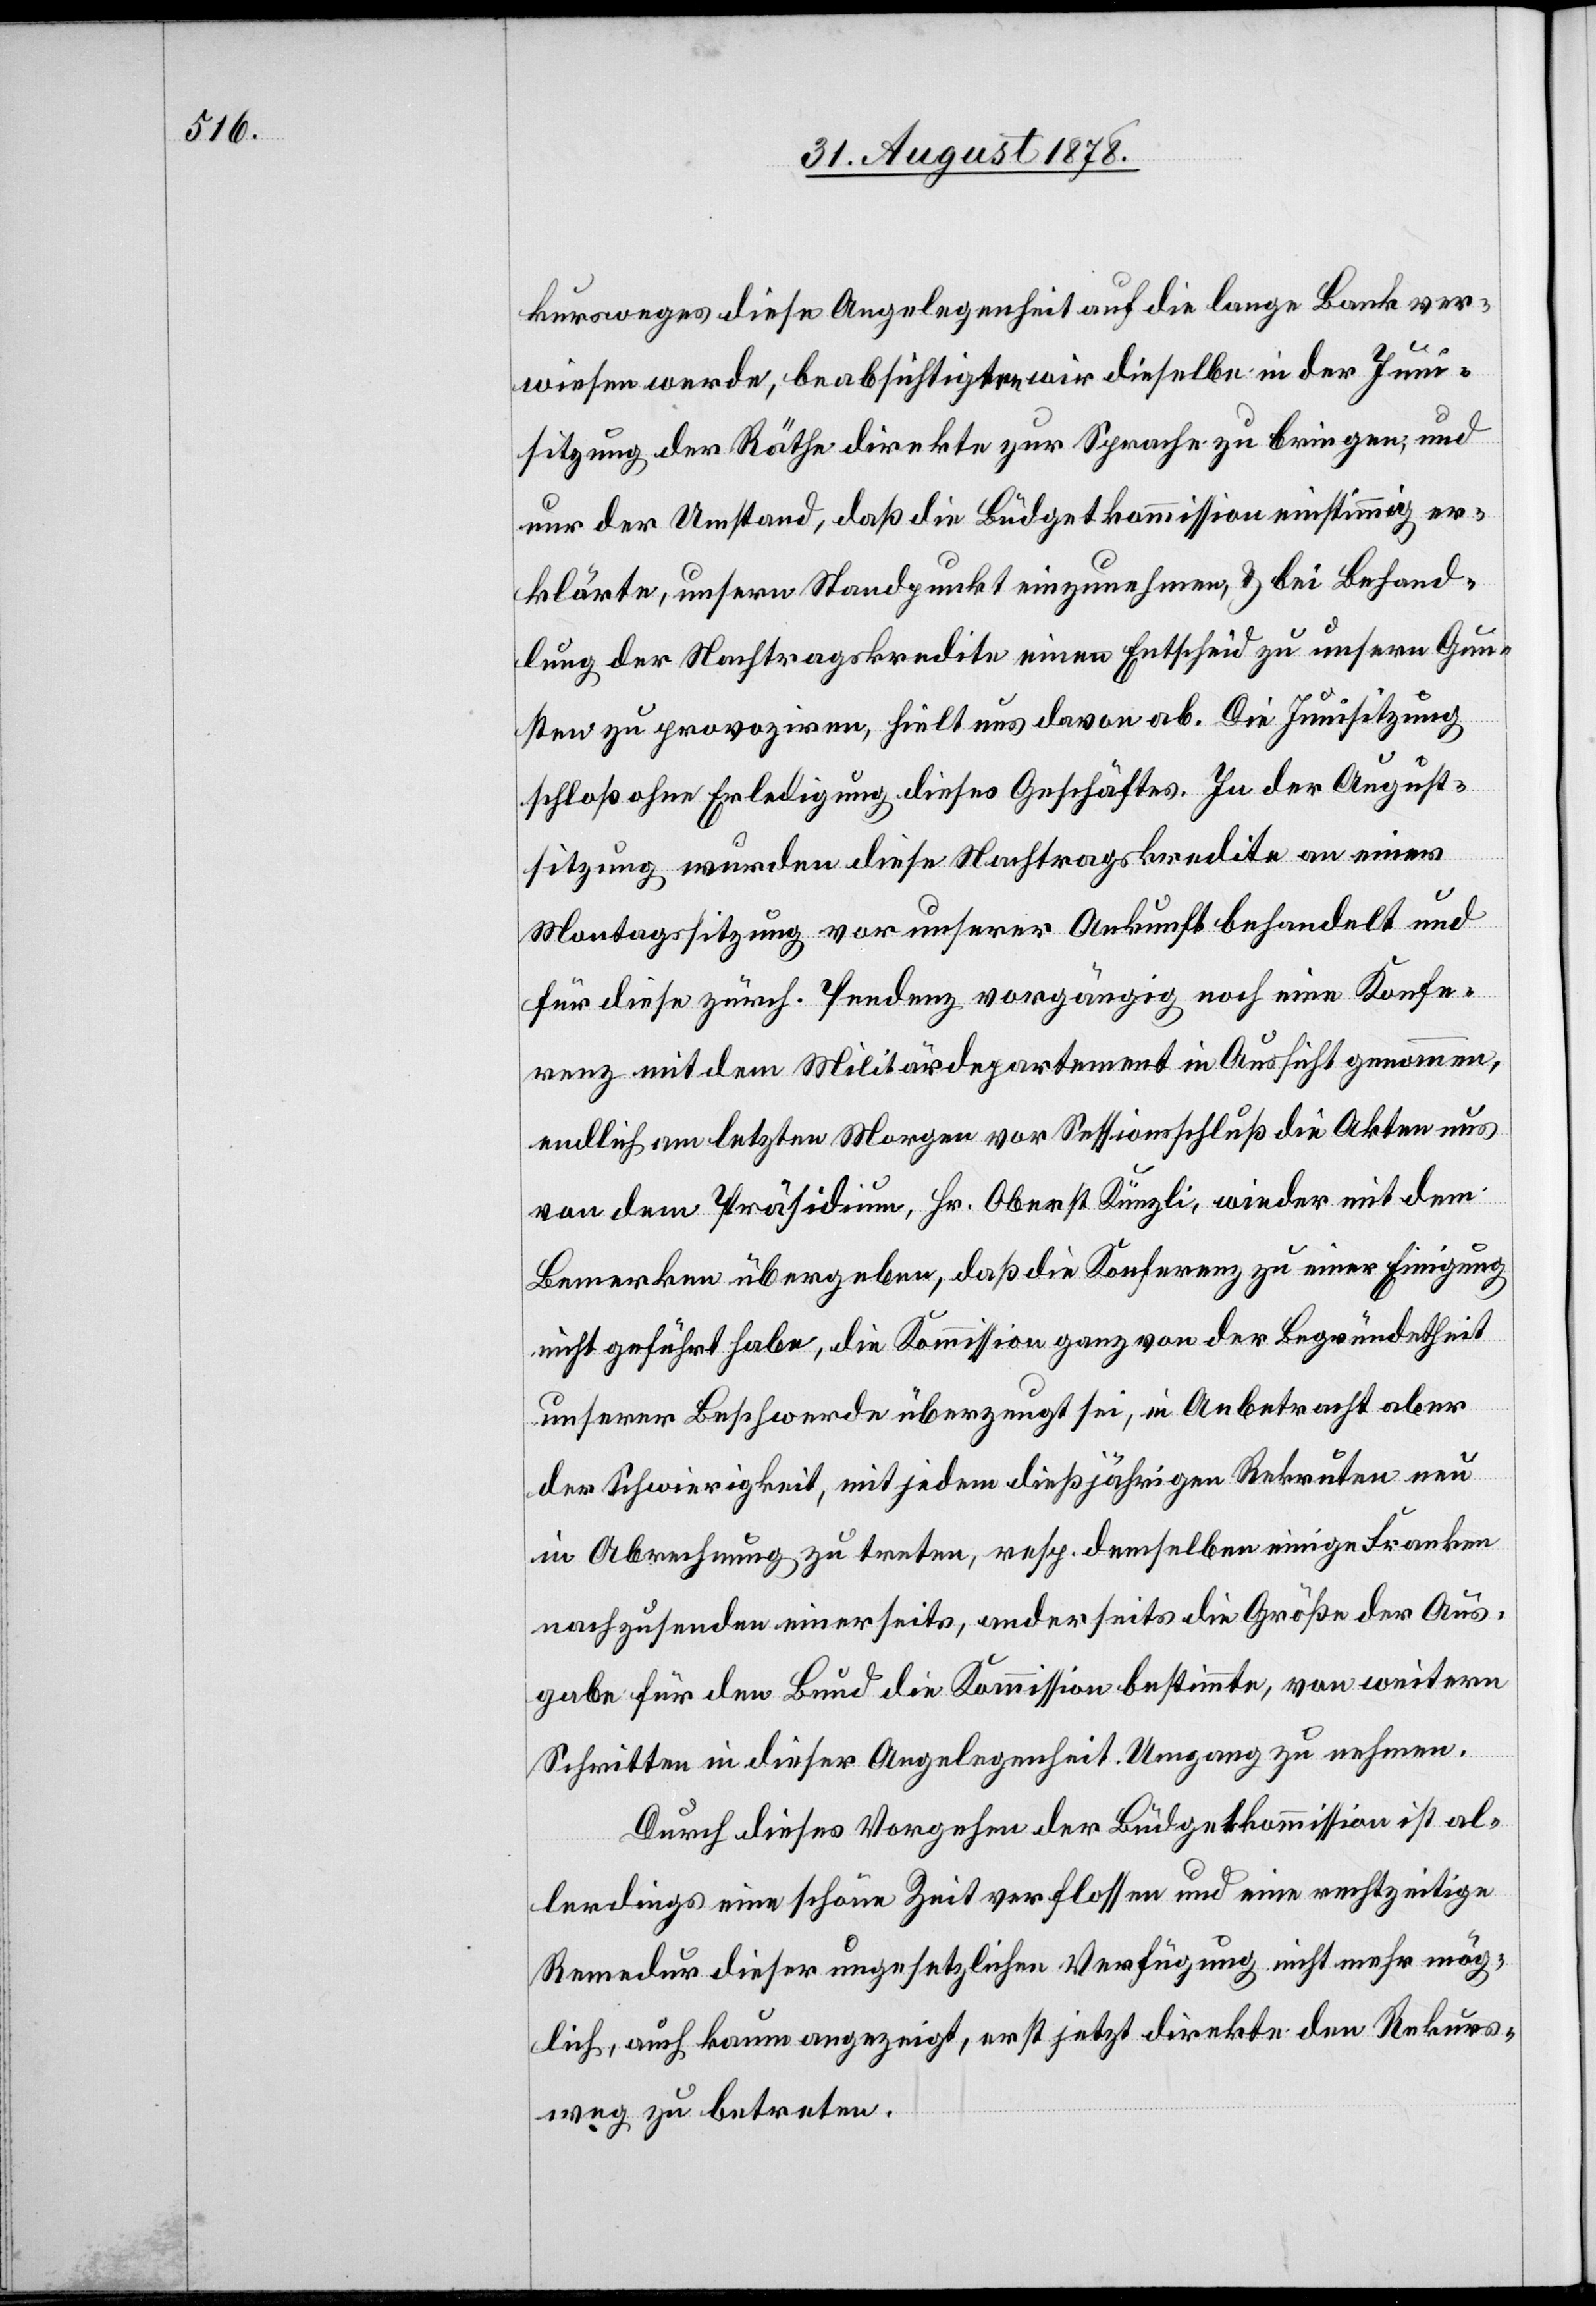
kursweges diese Angelegenheit auf die lange Bank ver¬
wiesen werde, beabsichtigten wir dieselbe in der Juni¬
sitzung der Räthe direkte zur Sprache zu bringen, und
nur der Umstand, daß die Büdgetkommission einstimmig er¬
klärte, unsern Standpunkt einzunehmen, & bei Behand¬
lung der Nachtragskredite einen Entscheid zu unsern Gun¬
sten zu provoziren, hielt uns davon ab. Die Junisitzung
schloß ohne Erledigung dieses Geschäftes. In der August¬
sitzung wurden diese Nachtragskredite an einer
Montagssitzung vor unserer Ankunft behandelt und
für diese zürch. Pendenz vorgängig noch eine Konfe¬
renz mit dem Militärdepartement in Aussicht genommen,
endlich am letzten Morgen vor Sessionsschluß die Akten uns
von dem Präsidium, Hr. Oberst Künzli, wieder mit dem
Bemerken übergeben, daß die Konferenz zu einer Einigung
nicht geführt habe, die Kommission ganz von der Begründetheit
unserer Beschwerde überzeugt sei, in Anbetracht aber
der Schwierigkeit, mit jedem dießjährigen Rekruten neu
in Abrechnung zu treten, resp. demselben einige Franken
nachzusenden einerseits, anderseits die Größe der Aus¬
gabe für den Bund die Kommission bestimmte, von weitern
Schritten in dieser Angelegenheit Umgang zu nehmen.
Durch dieses Vorgehen der Büdgetkommission ist al¬
lerdings eine schöne Zeit verflossen und eine rechtzeitige
Remedur dieser ungesetzlichen Verfügung nicht mehr mög¬
lich, auch kaum angezeigt, erst jetzt direkte den Rekurs¬
weg zu betreten.